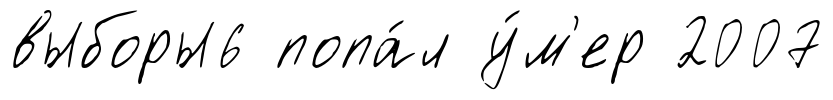
выборы6 попа́л у́м'ер 2007